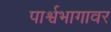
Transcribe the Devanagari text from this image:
पार्श्वभागावर